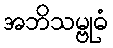
အဘိသမ္ဗုဓံ